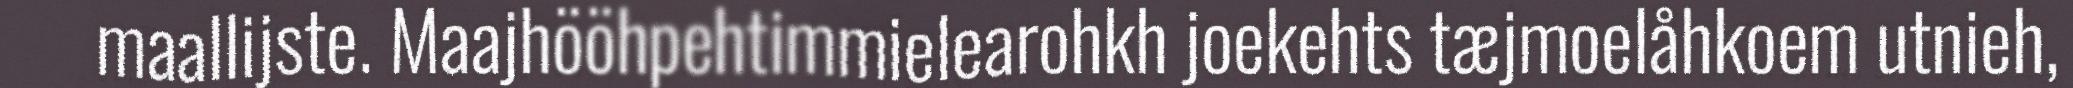
maallijste. Maajhööhpehtimmielearohkh joekehts tæjmoelåhkoem utnieh,